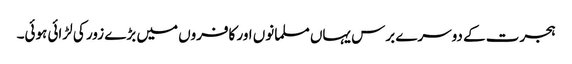
ہجرت کے دوسرے برس یہاں مسلمانوں اور کافروں میں بڑے زور کی لڑائی ہوئی۔